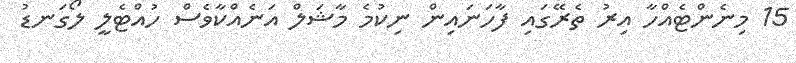
15 މިނެންޓެއްހާ އިރު ތެރޭގައި ފާހަނައިން ނިކުމެ މާޝަލް އަނެއްކާވެސް ހުއްޓެލީ ލޯގަނޑު